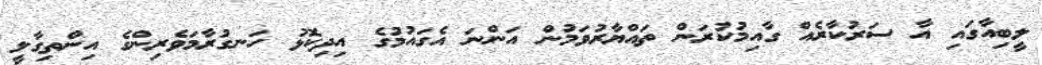
ލީބިއާގައި އާ ސަރުކާރެއް ގާއިމުކުރަން ތައްޔާރުވަމުން އަންނަ އެގައުމުގެ އިދިކޮޅު ހަނގުރާމަވެރިންގެ އިންތިގާލީ